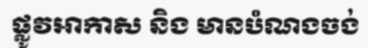
ផ្លូវអាកាស និង មានបំណងចង់